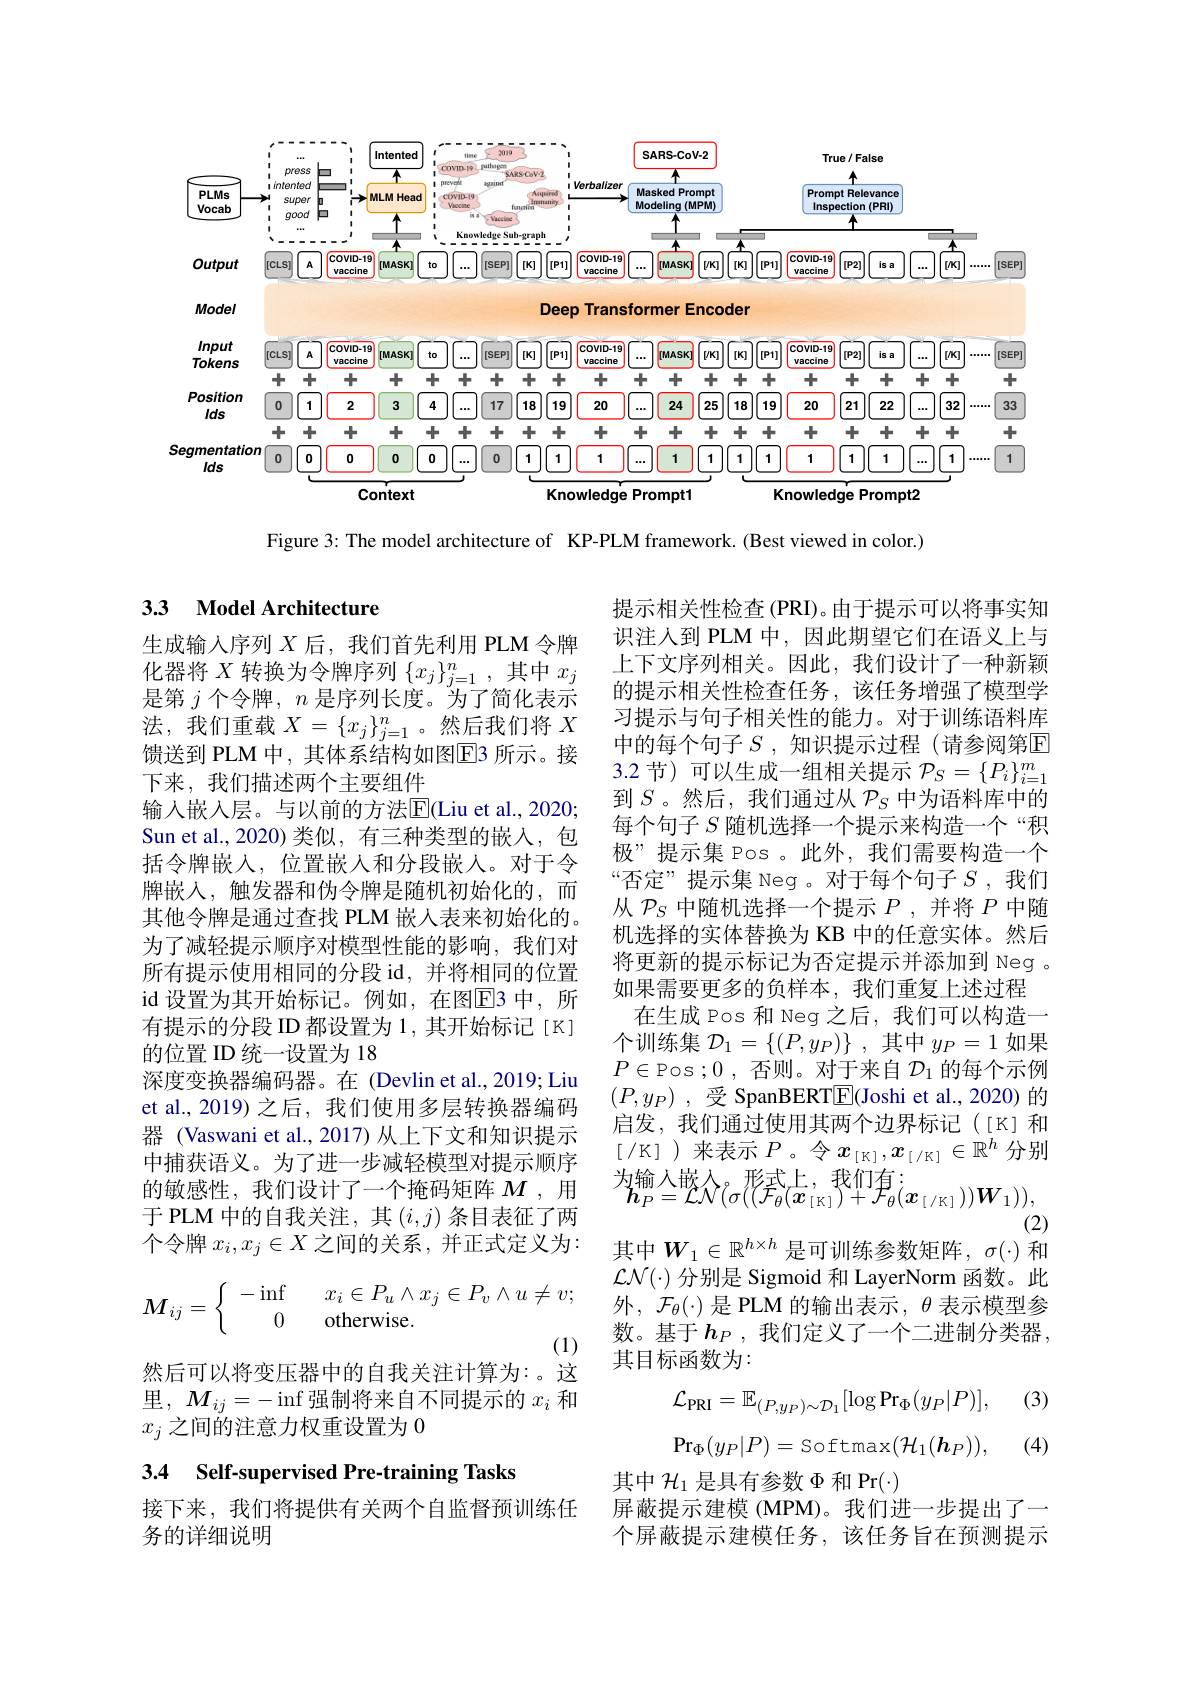
<FigureHere>

Figure 3: The model architecture of KP-PLM framework. (Best viewed in color.)

### 33 Model Architecture

生成输入序列$X$后，我们首先利用 PLM 令牌化器将$X$转换为令牌序列$\{x_j\}_j=1^n$,其中$x_j$ 是第$j$个令牌，$n$是序列长度。为了简化表示法，我们重载$X=\{x_j\}_{j=1}^n$。然后我们将$X$ 馈送到 PLM 中，其体系结构如图$\overline{\mathrm{E}}$3 所示。接下来，我们描述两个主要组件
输入嵌入层。与以前的方法$\overline{\mathrm{E}}($Liu et al., 2020; Sun et al.,2020) 类似，有三种类型的嵌入，包括令牌嵌入，位置嵌人和分段嵌人。对于令牌嵌人，触发器和伪令牌是随机初始化的，而其他令牌是通过查找 PLM 嵌人表来初始化的。为了减轻提示顺序对模型性能的影响，我们对所有提示使用相同的分段 id,并将相同的位置id 设置为其开始标记。例如，在图$\overline{\mathrm{E}}$3 中，所有提示的分段 ID 都设置为 1 , 其开始标记 [K] 的位置 ID 统一设置为 18
深度变换器编码器。在 (Devlin et al., 2019; Liu et al., 2019) 之后，我们使用多层转换器编码器 (Vaswani et al., 2017) 从上下文和知识提示中捕获语义。为了进一步减轻模型对提示顺序的敏感性，我们设计了一个掩码矩阵$M$ ,用于 PLM 中的自我关注，其$(i,j)$条目表征了两个令牌$x_i,x_j\in X$之间的关系，并正式定义为：
$$M_{ij}=\left\{\begin{array}{cc}-\inf&\quad x_i\in P_u\wedge x_j\in P_v\wedge u\neq v;\\0&\quad\text{otherwise.}\end{array}\right.$$
提示相关性检查 (PRI)。由于提示可以将事实知识注入到 PLM 中，因此期望它们在语义上与上下文序列相关。因此，我们设计了一种新颖的提示相关性检查任务，该任务增强了模型学习提示与句子相关性的能力。对于训练语料库中的每个句子 $S$ ,知识提示过程 (请参阅第$\mathbb{E}$ 3.2 节) 可以生成一组相关提示$\mathcal{P}_S=\{P_i\}_{i=1}^m$ 到$S$ 。然后，我们通过从$\mathcal{P}_S$中为语料库中的每个句子$S$随机选择一个提示来构造一个“积极”提示集 Pos。此外，我们需要构造一个“否定”提示集 Neg。对于每个句子$S$,我们从$\mathcal{P}_S$中随机选择一个提示$P$,并将$P$中随机选择的实体替换为 KB 中的任意实体。然后将更新的提示标记为否定提示并添加到 Neg 。如果需要更多的负样本，我们重复上述过程
在生成 Pos 和 Neg 之后，我们可以构造一个训练集$\mathcal{D}_1=\left\{(P,y_P)\right\}$,其中$y_P=1$如果$P\in$Pos ;0 , 否则。对于来自$\mathcal{D}_1$的每个示例$( P, y_P)$ ,受 SpanBERT$\boxed{\mathrm{E}}$(Joshi et al., 2020)的启发，我们通过使用其两个边界标记([K]和$[/\mathbb{K}]$ )来表示$P$。令$x_[\mathbb{K}],x_{[/\mathbb{K}]}\in\mathbb{R}^h$分别
(2)
其中$W_1\in\mathbb{R}^{h\times h}$ 是可训练参数矩阵，$\sigma(\cdot)$ 和$\mathcal{LN}(\cdot)$分别是 Sigmoid 和 LayerNorm 函数。此外，$\mathcal{F}_\theta(\cdot)$是 PLM 的输出表示，$\theta$表示模型参数。基于$h_P$ ,我们定义了一个二进制分类器， 其目标函数为：

然后可以将变压器中的自我关注计算为：。这里，$M_{ij}=-\inf$强制将来自不同提示的 $x_i$ 和$x_j$之间的注意力权重设置为 0

(3)
$$\mathcal{L}_{\mathrm{PRI}}=\mathbb{E}_{(P,y_{P})\sim\mathcal{D}_{1}}[\log\Pr_{\Phi}(y_{P}|P)],$$
$$\Pr_{\Phi}(y_{P}|P)=\text{Softmax}(\mathcal{H}_{1}(\boldsymbol{h}_{P})),$$
(4)

3.4 Self-supervised Pre-training Tasks

其中$\mathcal{H}_1$是具有参数$\Phi$和 Pr$(\cdot)$
屏蔽提示建模 (MPM)。我们进一步提出了一个屏蔽提示建模任务，该任务旨在预测提示

接下来，我们将提供有关两个自监督预训练任
务的详细说明